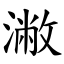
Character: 潎